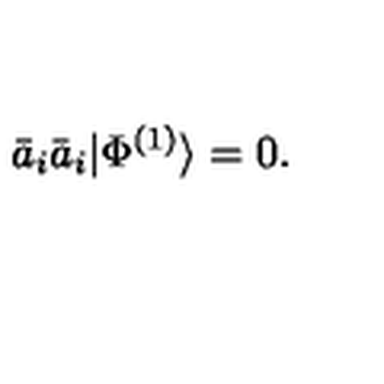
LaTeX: \bar { a } _ { i } \bar { a } _ { i } | \Phi ^ { ( 1 ) } \rangle = 0 .